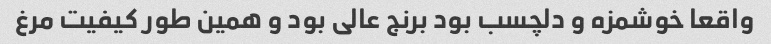
واقعا خوشمزه و دلچسب بود برنج عالی بود و همین طور کیفیت مرغ